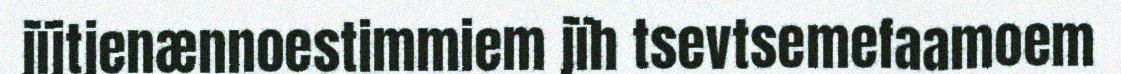
jïjtjenænnoestimmiem jïh tsevtsemefaamoem